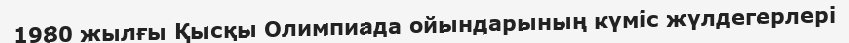
1980 жылғы Қысқы Олимпиада ойындарының күміс жүлдегерлері